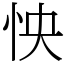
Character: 怏